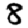
Digit: 8